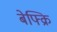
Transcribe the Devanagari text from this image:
बेफ्क्रि